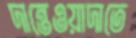
দান্তেওয়াদাতে